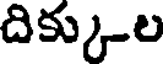
దిక్కుల